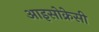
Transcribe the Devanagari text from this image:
आइसोक्रेसी